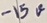
Text: -15V